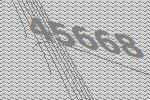
45668